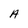
Character: A